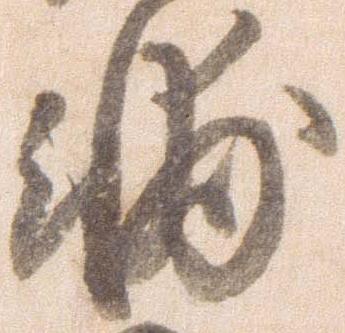
輔